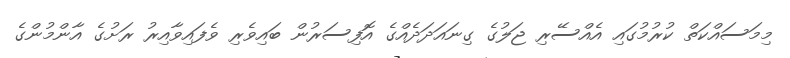
މިމަސައްކަތް ކުރުމުގައި އެއްސޭރި ޖަލުގެ ގިނައަދަދެއްގެ އޮފިސަރުން ބައިވެރި ވެފައިވާއިރު ރަށުގެ އާންމުންގެ